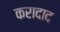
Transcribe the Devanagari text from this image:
करादाद